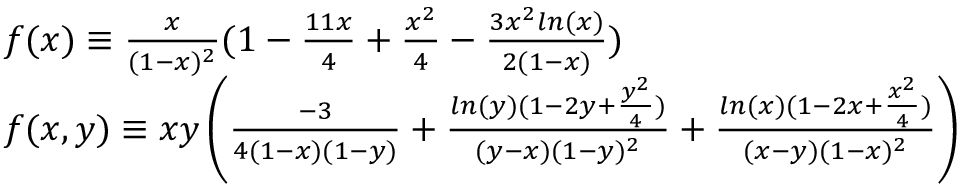
\begin{array} { l } { { f ( x ) \equiv \frac { x } { ( 1 - x ) ^ { 2 } } ( 1 - \frac { 1 1 x } { 4 } + \frac { x ^ { 2 } } { 4 } - \frac { 3 x ^ { 2 } l n ( x ) } { 2 ( 1 - x ) } ) } } \\ { { f ( x , y ) \equiv x y \left( \frac { - 3 } { 4 ( 1 - x ) ( 1 - y ) } + \frac { l n ( y ) ( 1 - 2 y + \frac { y ^ { 2 } } { 4 } ) } { ( y - x ) ( 1 - y ) ^ { 2 } } + \frac { l n ( x ) ( 1 - 2 x + \frac { x ^ { 2 } } { 4 } ) } { ( x - y ) ( 1 - x ) ^ { 2 } } \right) } } \end{array}